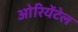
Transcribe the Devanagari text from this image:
ओरियेंटेल